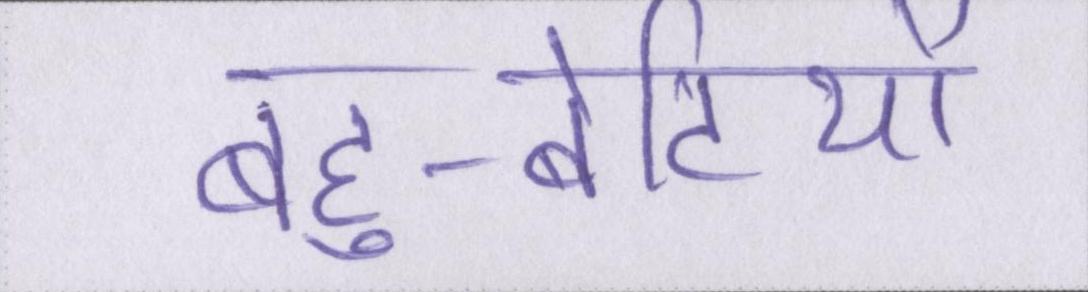
बहु-बेटियों